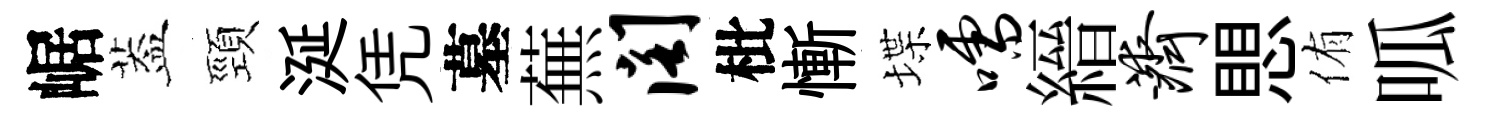
崌葢頸涎凭墓蕪阁枇慚堞嚅縉济愳侑呱